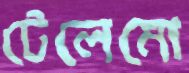
টেলেমো